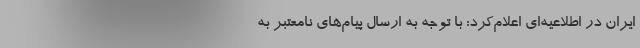
ایران در اطلاعیه‌ای اعلام‌کرد: با توجه به ارسال پیام‌های نامعتبر به